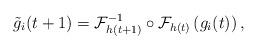
LaTeX: \begin{align*}\tilde{g}_{i}(t+1)= \mathcal{F}_{h(t+1)}^{-1}\circ\mathcal{F}_{h(t)}\left(g_{i}(t)\right),\end{align*}